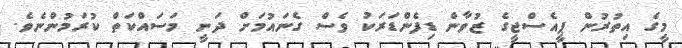
މީގެ އިތުރުން ޕީއެސްޖީގެ ޒުވާން ޑިފެންޑަރަކު ވެސް ގެނައުމަށް ދަނީ މަސައްކަތް ކުރަމުންނެވެ.